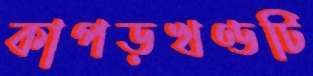
কাপড়খণ্ডটি